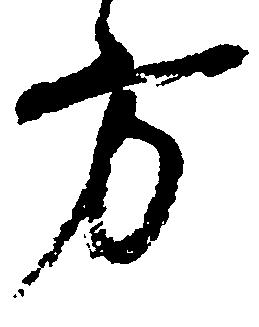
方